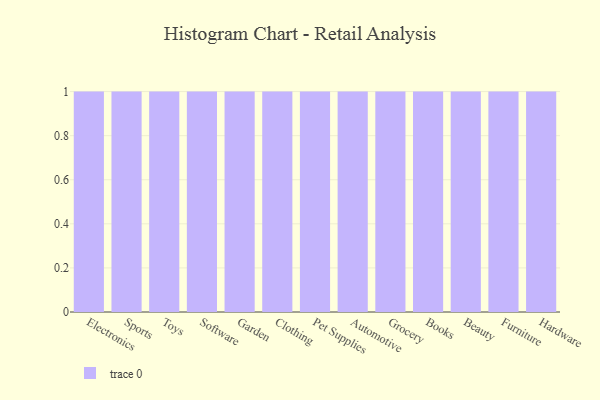
{"axis": {"x": "Category", "y": "Customer Acquisition Cost (USD)"}, "legend": [""], "data": [{"x": "Electronics", "y": 1, "type": ""}, {"x": "Sports", "y": 80, "type": ""}, {"x": "Toys", "y": 16, "type": ""}, {"x": "Software", "y": 57, "type": ""}, {"x": "Garden", "y": 20, "type": ""}, {"x": "Clothing", "y": 16, "type": ""}, {"x": "Pet Supplies", "y": 57, "type": ""}, {"x": "Automotive", "y": 97, "type": ""}, {"x": "Grocery", "y": 99, "type": ""}, {"x": "Books", "y": 94, "type": ""}, {"x": "Beauty", "y": 89, "type": ""}, {"x": "Furniture", "y": 40, "type": ""}, {"x": "Hardware", "y": 30, "type": ""}]}